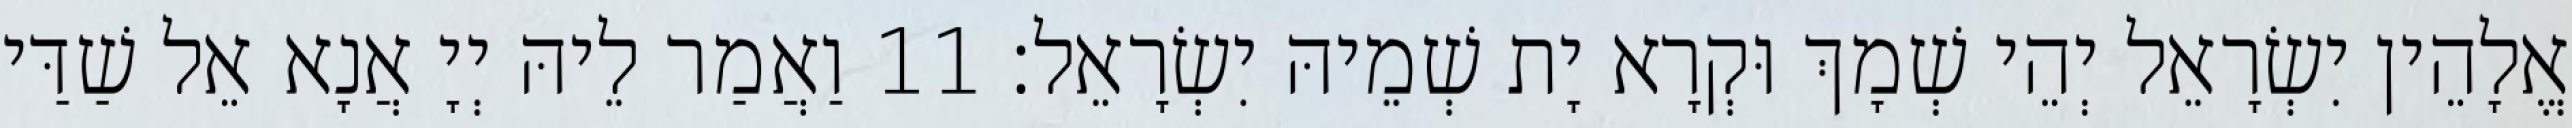
אֱלָהֵין יִשְׂרָאֵל יְהֵי שְׁמָךְ וּקְרָא יָת שְׁמֵיהּ יִשְׂרָאֵל׃ 11 וַאֲמַר לֵיהּ יְיָ אֲנָא אֵל שַׁדַּי